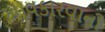
આવકારવાની